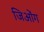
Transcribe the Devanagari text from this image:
जिओंग